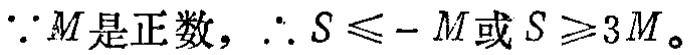
\(\because M是正数，\therefore S\leqslant -M或S\geqslant 3M。\)